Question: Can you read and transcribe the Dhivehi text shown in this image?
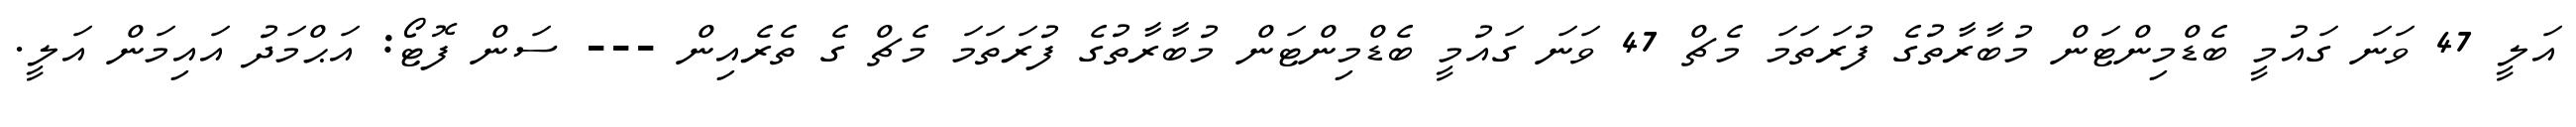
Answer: އަލީ 47 ވަނަ ގައުމީ ބެޑްމިންޓަން މުބާރާތުގެ ފުރަތަމަ މެޗް 47 ވަނަ ގައުމީ ބެޑްމިންޓަން މުބާރާތުގެ ފުރަތަމަ މެޗް ގެ ތެރެއިން --- ސަން ފޮޓޯ: އަޙްމަދު އައިމަން އަލީ.